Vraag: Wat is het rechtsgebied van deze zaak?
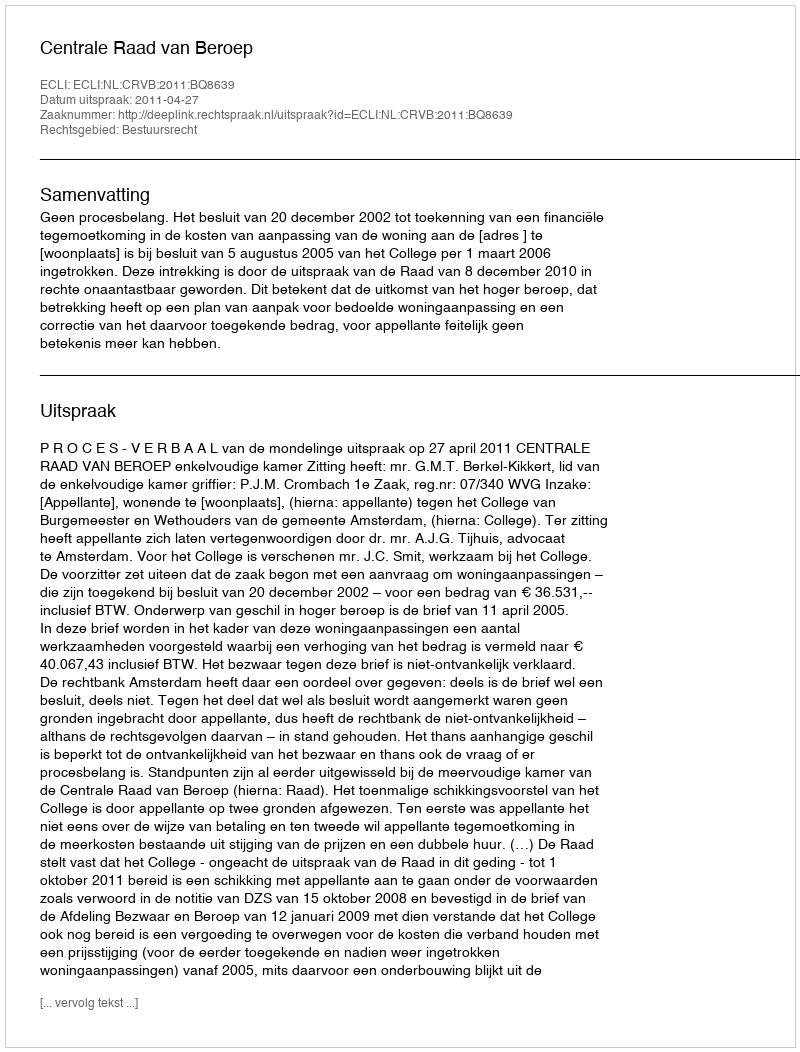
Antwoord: Bestuursrecht